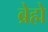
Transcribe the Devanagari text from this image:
ब्रेह्मे